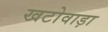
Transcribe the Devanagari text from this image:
खटोवाड़ा